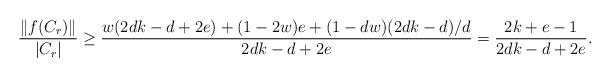
LaTeX: \begin{align*}\frac{\|f(C_r)\|}{|C_r|}\ge \frac{w(2dk-d+2e) + (1-2w)e + (1-dw)(2dk-d)/d}{2dk-d+2e}= \frac{2k+e-1}{2dk-d+2e}.\end{align*}